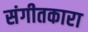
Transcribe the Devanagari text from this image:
संगीतकारा